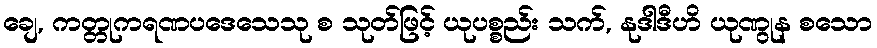
ချေ, ကတ္တုကရဏပဒေသေသု စ သုတ်ဖြင့် ယုပစ္စည်း သက်, နုဒါဒီဟိ ယုဏွုန စသော